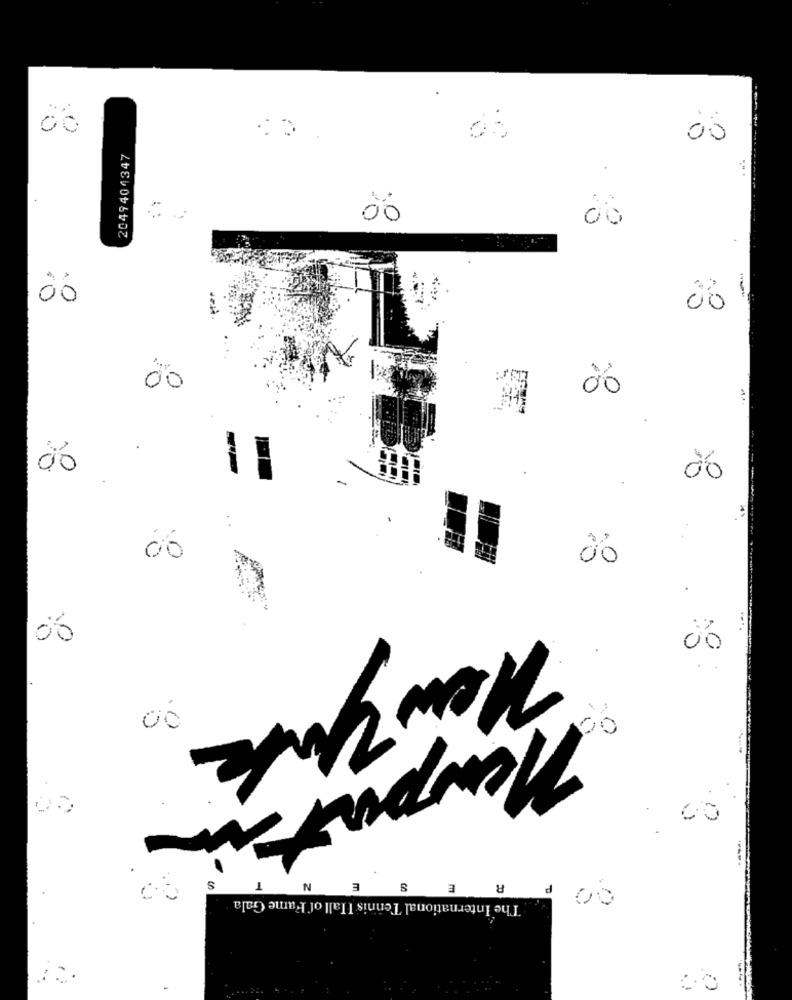
00
00
2049404347
00
00
00
08 1
00
00
ão
00
06
00
00
00
00
S
E
N
The International Tennis Hall of Fame Gala
3 8
1 00
00